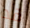
قد